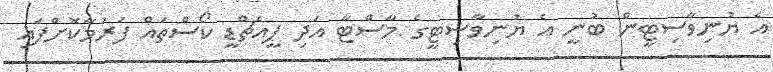
އެ ޔުނިވާސިޓީން ބުނީ އެ ޔުނިވާސިޓީގެ މާސްޓާ އަދި ޕީއެޗްޑީ ކޯސްތައް ފަރުމާކޮށްފައި